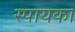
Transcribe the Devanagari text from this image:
स्पायका